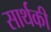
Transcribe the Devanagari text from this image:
सार्थकी